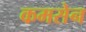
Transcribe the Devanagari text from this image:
कमसेन